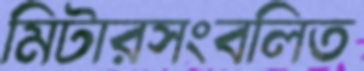
মিটারসংবলিত